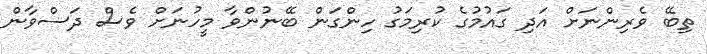
ތިބޭ ވެރިންނަށް އަދި ގައުމުގެ ކުރިމަގު ހިންގަން ބޭނުންވާ މީހުނަށް ވެސް ދަސްވާން